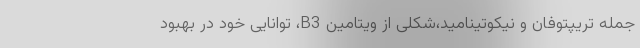
جمله تریپتوفان و نیکوتینامید،شکلی از ویتامین B3، توانایی خود در بهبود